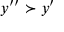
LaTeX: y ^ { \prime \prime } \succ y ^ { \prime }